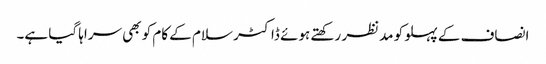
انصاف کے پہلو کو مدنظر رکھتے ہوئے ڈاکٹر سلام کے کام کو بھی سراہا گیا ہے۔